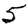
Digit: 5